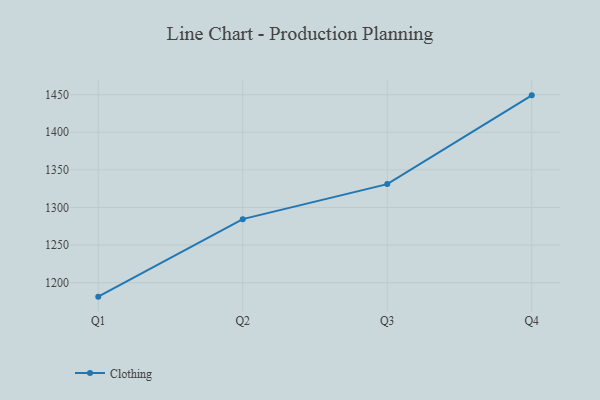
{"axis": {"x": "Quarter", "y": "Temperature (°C)"}, "legend": ["Clothing"], "data": [{"x": "Q1", "y": 1181.3, "type": "Clothing"}, {"x": "Q2", "y": 1284.4, "type": "Clothing"}, {"x": "Q3", "y": 1331.0, "type": "Clothing"}, {"x": "Q4", "y": 1449.1, "type": "Clothing"}]}